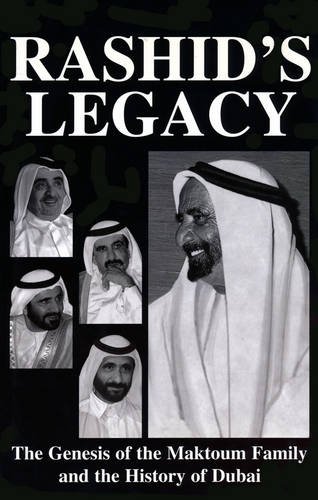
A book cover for Rashid's Legacy: The Genesis of the Maktoum Family and the History of Dubai; Graeme Wilson; History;